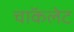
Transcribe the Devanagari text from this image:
चाॅकलेट